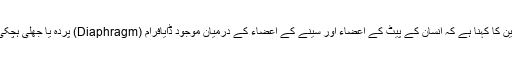
اس بارے میں ماہرین کا کہنا ہے کہ انسان کے پیٹ کے اعضاء اور سینے کے اعضاء کے درمیان موجود ڈایافرام (Diaphragm) پردہ یا جھلی ہچکی کا باعث بنتی ہے۔